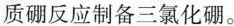
质硼反应制备三氯化硼。